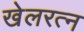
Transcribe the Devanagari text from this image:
खेलरत्‍न